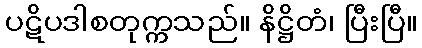
ပဋိပဒါစတုက္ကသည်။ နိဋ္ဌိတံ၊ ပြီးပြီ။